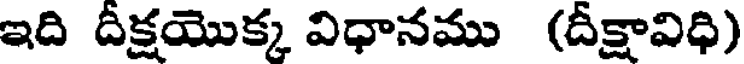
ఇది దీక్షయొక్క విధానము (దీక్షావిధి)